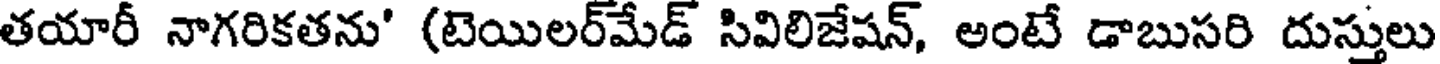
తయారీ నాగరికతను' (టెయిలర్మేడ్ సివిలిజేషన్, అంటే డాబుసరి దుస్తులు